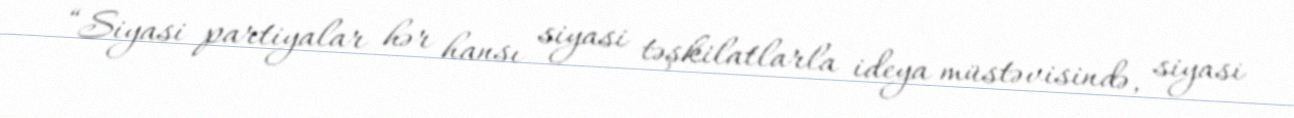
“Siyasi partiyalar hər hansı siyasi təşkilatlarla ideya müstəvisində, siyasi